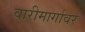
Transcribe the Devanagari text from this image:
वारीमार्गावर